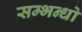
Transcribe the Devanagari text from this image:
सम्भन्धो